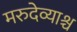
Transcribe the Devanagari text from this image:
मरुदेव्याश्च